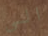
الى